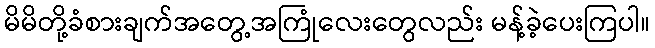
မိမိတို့ခံစားချက်အတွေ့အကြုံလေးတွေလည်း မန့်ခဲ့ပေးကြပါ။